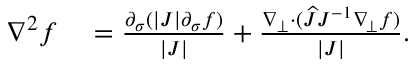
\begin{array} { r l } { \nabla ^ { 2 } f } & { { } = \frac { \partial _ { \sigma } ( | J | \partial _ { \sigma } f ) } { | J | } + \frac { \nabla _ { \bot } \cdot ( \widehat { J } J ^ { - 1 } \nabla _ { \! \bot } f ) } { | J | } . } \end{array}